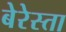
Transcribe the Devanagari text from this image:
बेरेस्ता